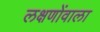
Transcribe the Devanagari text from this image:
लक्षणोंवाला